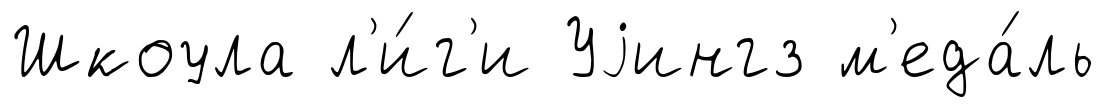
Шкоула л'и́г'и Уjингз м'еда́ль